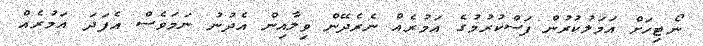
ނޯޓިހަށް އަމަލުކުރުން ފަސްކުރުމުގެ އަމުރެއް ނެރެދޭން ވިލާއިން އެދުނު ނަމަވެސް އެފަދަ އަމުރެއް